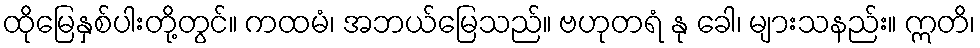
ထိုမြေနှစ်ပါးတို့တွင်။ ကထမံ၊ အဘယ်မြေသည်။ ဗဟုတရံ နု ခေါ၊ များသနည်း။ ဣတိ၊